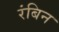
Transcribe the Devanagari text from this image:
रंबिन